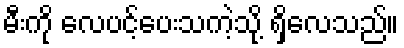
မီးကို လေပင့်ပေးသကဲ့သို့ ရှိလေသည်။